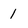
Character: 1